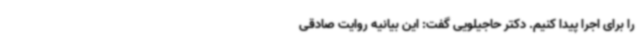
را برای اجرا پیدا کنیم. دکتر حاجیلویی گفت: این بیانیه روایت صادقی